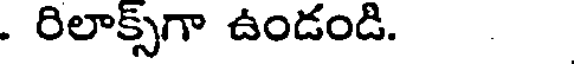
. రిలాక్స్గా ఉండండి.